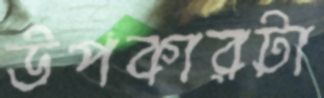
উপকারটা